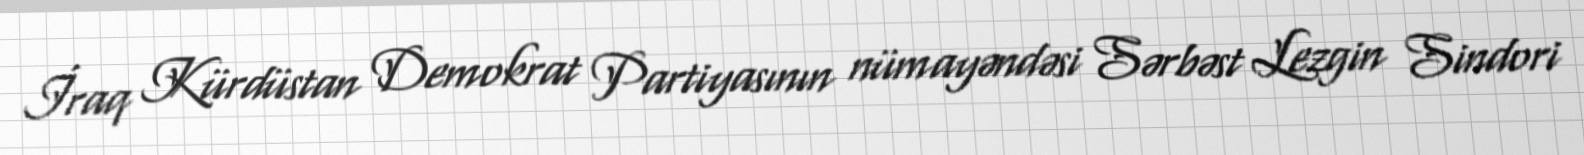
İraq Kürdüstan Demokrat Partiyasının nümayəndəsi Sərbəst Lezgin Sindori